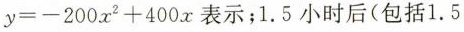
$$y=-200x^{2}+400x$$表示；1.5小时后(包括1.5